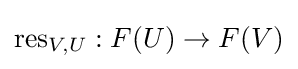
\operatorname {res} _{V,U}:F(U)\to F(V)